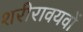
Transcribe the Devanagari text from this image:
शरीरावयवों